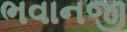
ભવાનજી